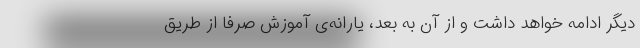
دیگر ادامه خواهد داشت و از آن به بعد، یارانه‌ی آموزش صرفا از طریق